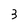
Character: 3